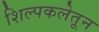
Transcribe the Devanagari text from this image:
शिल्पकलेतून